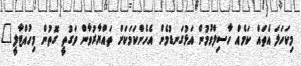
މިކަހަލަ އެތައް ކަމެއް ހާސިލްވުމުން އަޅުގަނޑުމެން އެހެންކަމަކަށް ތައްޔާރުވާން ވަގުތީ ގޮތުން މިހުއްޓާލީ"